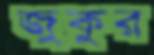
জুকুর